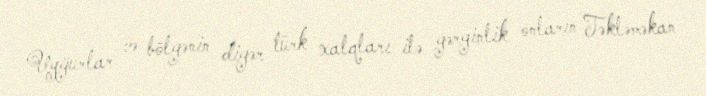
Uyğurlar və bölgənin digər türk xalqları ilə gərginlik onların Təkləməkan